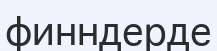
финндерде